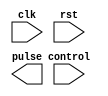
module timing_control (
    input wire clk,
    input wire rst,
    input wire control,
    
    // other input signals 
    
    output reg pulse
);

always @(posedge clk or posedge rst) begin
    if (rst) begin
        // reset logic
    end else begin
        // timing control logic
    end
end

endmodule